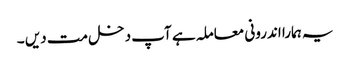
یہ ہمارا اندرونی معاملہ ہے آپ دخل مت دیں ۔